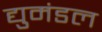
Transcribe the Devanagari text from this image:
द्युमंडल